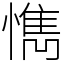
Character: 懏